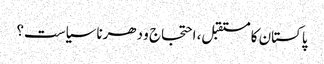
پاکستان کا مستقبل، احتجاج و دھرنا سیاست؟